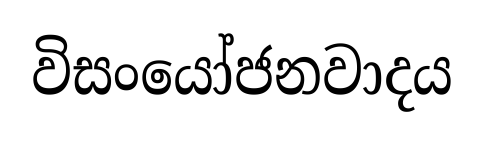
විසංයෝජනවාදය